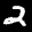
Label: 2